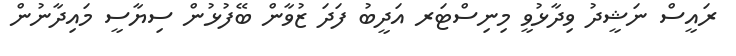
ރައީސް ނަޝީދު ވިދާޅުވީ މިނިސްޓަރ އަދީބު ފަދަ ޒުވާން ބޭފުޅުން ސިޔާސީ މައިދާނުން